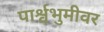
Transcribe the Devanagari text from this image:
पार्श्वभुमीवर